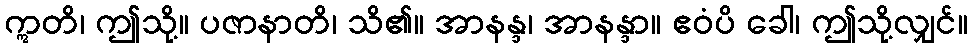
ဣတိ၊ ဤသို့။ ပဇာနာတိ၊ သိ၏။ အာနန္ဒ၊ အာနန္ဒာ။ ဧဝံပိ ခေါ၊ ဤသို့လျှင်။